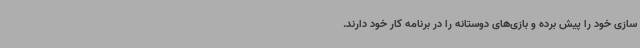
سازی خود را پیش برده و بازی‌های دوستانه را در برنامه کار خود دارند.